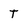
Character: T